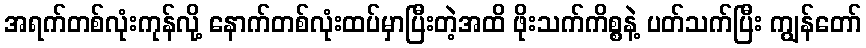
အရက်တစ်လုံးကုန်လို့ နောက်တစ်လုံးထပ်မှာပြီးတဲ့အထိ ဖိုးသက်ကိစ္စနဲ့ ပတ်သက်ပြီး ကျွန်တော်